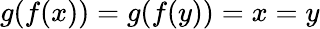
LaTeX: g(f(x))=g(f(y))=x=y